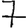
Digit: 7